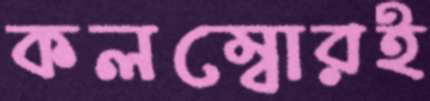
কলম্বোরই